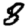
Digit: 8